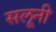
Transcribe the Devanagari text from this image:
सलूनी